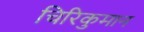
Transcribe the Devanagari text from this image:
चिरिकुमान